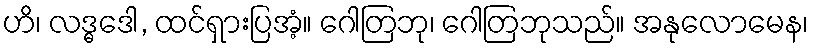
ဟိ၊ လဒ္ဓဒေါ, ထင်ရှားပြအံ့။ ဂေါတြဘု၊ ဂေါတြဘုသည်။ အနုလောမေန၊